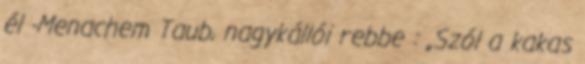
él -Menachem Taub, nagykállói rebbe : „Szól a kakas